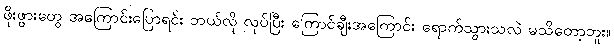
ဖိုးဖွားတွေ အကြောင်းပြောရင်း ဘယ်လို လုပ်ပြီး ကြောင်ချီးအကြောင်း ရောက်သွားသလဲ မသိတော့ဘူး။